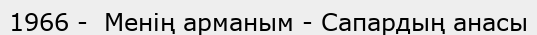
1966 -  Менің арманым - Сапардың анасы